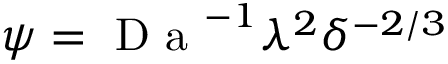
\psi = \textrm { D a } ^ { - 1 } \lambda ^ { 2 } \delta ^ { - 2 / 3 }